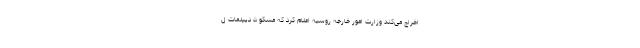
اخراج می‌کند وزارت امور خارجه روسیه اعلام کرد که مسکو ۵ دیپلمات ل